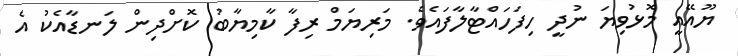
ޔޫއޭއީ މޮޅުވިޔަ ނުދީ ހިފަހައްޓާލާފައެވެ. މަރިޔަމް ރިފާ ކާމިޔާބު ކޮށްދިން ލަނޑާއެކު އެ